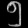
Digit: ၅